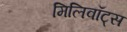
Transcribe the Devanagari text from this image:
मिलिवॉट्स